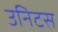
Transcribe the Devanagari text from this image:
उनिटस